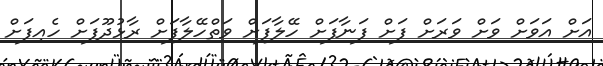
އަށް އަވަށް ވަށް ވަރަށް ފަށް ފަނާފަށް ހޭލާފަށް ވަތްހޭލާފަށް ރާޅުދޫފަށް ހެއިފަށް